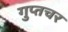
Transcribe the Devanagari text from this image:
गुप्‍तचर